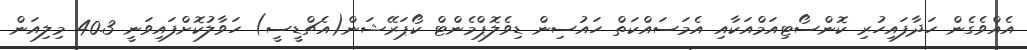
އެއްވެގެން ހަދާފައިހުރި ކޮންސޯޓިއަމްއަކާއި އެމަސައްކަތް ހައުސިން ޑިވެލޮޕްމެންޓް ކޯޕަރޭޝަން(އެޗްޑީސީ) ހަވާލުކޮށްފައިވަނީ 40.3 މިލިއަން